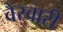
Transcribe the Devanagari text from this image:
वैस्वारी